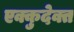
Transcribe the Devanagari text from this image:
एक्कुदेक्त